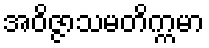
အဝိဇ္ဇာသမတိက္ကမာ